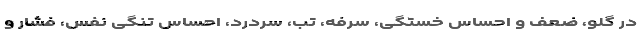
در گلو، ضعف و احساس خستگی، سرفه، تب، سردرد، احساس تنگی نفس، فشار و